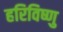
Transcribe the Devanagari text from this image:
हरिविष्णु